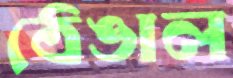
ঠেঙাল